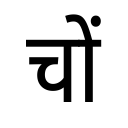
OCR:
चों